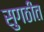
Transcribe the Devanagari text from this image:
सुगठीत